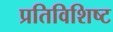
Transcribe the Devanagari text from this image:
प्रतिविशिष्ट